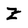
Character: Z